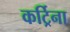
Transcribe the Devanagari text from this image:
कर्ट्रिना